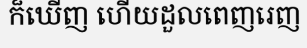
ក៏ឃើញ ហើយដួលពេញរេញ